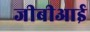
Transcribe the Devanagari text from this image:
जीबीआई